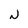
Character: N